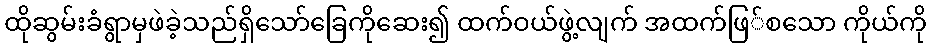
ထိုဆွမ်းခံရွာမှဖဲခဲ့သည်ရှိသော်ခြေကိုဆေး၍ ထက်ဝယ်ဖွဲ့လျက် အထက်ဖြ်စသော ကိုယ်ကို